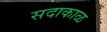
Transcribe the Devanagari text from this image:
सदाकाळ